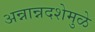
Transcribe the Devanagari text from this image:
अन्नान्नदशेमुळे